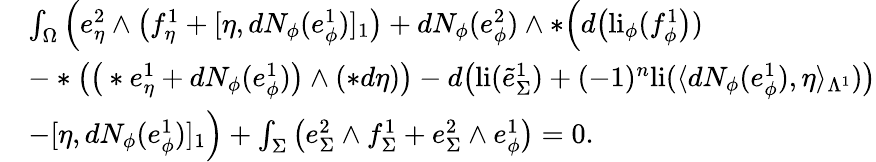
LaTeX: \begin{array}{rl}&{\int_{\Omega}\Big(e_{\eta}^{2}\wedge\big(f_{\eta}^{1}+[\eta,dN_{\phi}(e_{\phi}^{1})]_{1}\big)+dN_{\phi}(e_{\phi}^{2})\wedge\ast\Big(d\big(\mathrm{li}_{\phi}(f_{\phi}^{1}\big))}\\ &{-\ast\big(\big(\ast e_{\eta}^{1}+dN_{\phi}(e_{\phi}^{1})\big)\wedge(\ast d\eta)\big)-d\big(\mathrm{li}(\tilde{e}_{\Sigma}^{1})+(-1)^{n}\mathrm{li}(\langle dN_{\phi}(e_{\phi}^{1}),\eta\rangle_{\Lambda^{1}})\big)}\\ &{-[\eta,dN_{\phi}(e_{\phi}^{1})]_{1}\Big)+\int_{\Sigma}\big(e_{\Sigma}^{2}\wedge f_{\Sigma}^{1}+e_{\Sigma}^{2}\wedge e_{\phi}^{1}\big)=0.}\end{array}